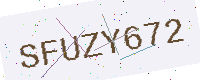
Text: SFUZY672